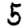
Digit: 5